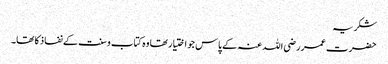
شکریہ
حضرت عمر رضی اللہ عنہ کے پاس جو اختیار تھا وہ کتاب وسنت کے نفاذ کا تھا۔